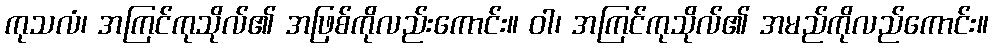
ကုသလံ၊ အကြင်ကုသိုလ်၏ အဖြစ်ကိုလည်းကောင်း။ ဝါ၊ အကြင်ကုသိုလ်၏ အမည်ကိုလည်ကောင်း။